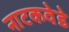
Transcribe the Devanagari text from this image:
नाटकवेडे